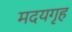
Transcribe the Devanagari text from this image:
मदयगृह